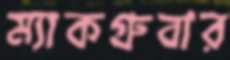
ম্যাকগ্রুবার